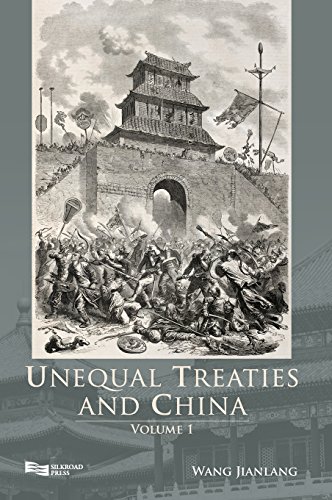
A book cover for Unequal Treaties and China (Volume 1); Wang Jianlang; History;